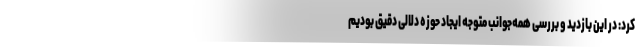
کرد: در این بازدید و بررسی همه‌جوانب متوجه ایجاد حوزه دلالی دقیق بودیم